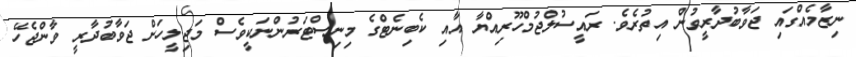
ނިޒާމެއްގައި ޖަވާބުދާރީވުން އިތުރެވެ. ރައީސުލްޖުމްހޫރިއްޔާ އާއި ކެބިނެޓްގެ މިނިސްޓަރުންނަކީވެސް މަޖިލީހަށް ޖަވާބުދާރީ ވާންޖެހޭ